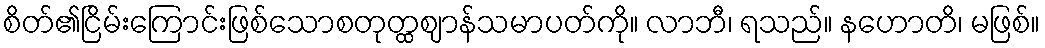
စိတ်၏ငြိမ်းကြောင်းဖြစ်သောစတုတ္ထဈာန်သမာပတ်ကို။ လာဘီ၊ ရသည်။ နဟောတိ၊ မဖြစ်။